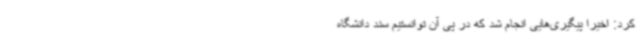
کرد: اخیراً پیگیری‌هایی انجام شد که در پی آن توانستیم سند دانشگاه